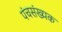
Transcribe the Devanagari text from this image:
पंचसंख्यक